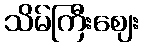
သိမ်ကြီးဈေး